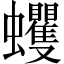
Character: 蠼